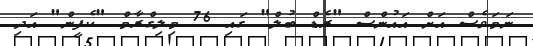
ނަމަވެސް އަށް އައުންސް "ރެޑް ބުލް" ގައި 76 މިލިގްރާމް "ކެފީން" އަދި